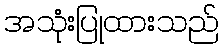
အသုံးပြုထားသည်